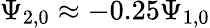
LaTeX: \Psi_{2,0}\approx-0.25\Psi_{1,0}